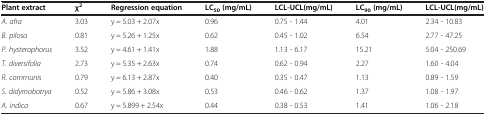
<table><thead><tr><td><b>Plant extract</b></td><td><b>χ<sup>2</sup></b></td><td><b>Regression equation</b></td><td><b>LC<sub>50 </sub>(mg/mL)</b></td><td><b>LCL-UCL(mg/mL)</b></td><td><b>LC<sub>90 </sub>(mg/mL)</b></td><td><b>LCL-UCL(mg/mL)</b></td></tr></thead><tbody><tr><td><i>A. afra</i></td><td>3.03</td><td>y = 5.03 + 2.07x</td><td>0.96</td><td>0.75 - 1.44</td><td>4.01</td><td>2.34 - 10.83</td></tr><tr><td><i>B. pilosa</i></td><td>0.81</td><td>y = 5.26 + 1.25x</td><td>0.62</td><td>0.45 - 1.02</td><td>6.54</td><td>2.77 - 47.25</td></tr><tr><td><i>P. hysterophorus</i></td><td>3.52</td><td>y = 4.61 + 1.41x</td><td>1.88</td><td>1.13 - 6.17</td><td>15.21</td><td>5.04 - 250.69</td></tr><tr><td><i>T. diversifolia</i></td><td>2.73</td><td>y = 5.35 + 2.63x</td><td>0.74</td><td>0.62 - 0.94</td><td>2.27</td><td>1.60 - 4.04</td></tr><tr><td><i>R. communis</i></td><td>0.79</td><td>y = 6.13 + 2.87x</td><td>0.40</td><td>0.35 - 0.47</td><td>1.13</td><td>0.89 - 1.59</td></tr><tr><td><i>S. didymobotrya</i></td><td>0.52</td><td>y = 5.86 + 3.08x</td><td>0.53</td><td>0.46 - 0.62</td><td>1.37</td><td>1.08 - 1.97</td></tr><tr><td><i>A. indica</i></td><td>0.67</td><td>y = 5.899 + 2.54x</td><td>0.44</td><td>0.38 - 0.53</td><td>1.41</td><td>1.06 - 2.18</td></tr></tbody></table>